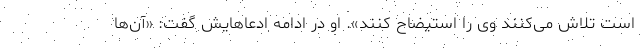
است تلاش می‌کنند وی را استیضاح کنند». او در ادامه ادعاهایش گفت: «آن‌ها